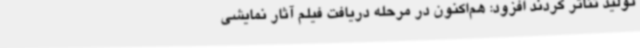
تولید تئاتر کردند افزود: هم‌اکنون در مرحله دریافت فیلم آثار نمایشی